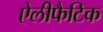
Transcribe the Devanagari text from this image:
ऐलीफैटिक